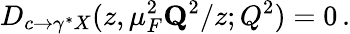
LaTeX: D_{c\rightarrow\gamma^{*}X}(z,\mu_{F}^{2}\le Q^{2}/z;Q^{2})=0\, .